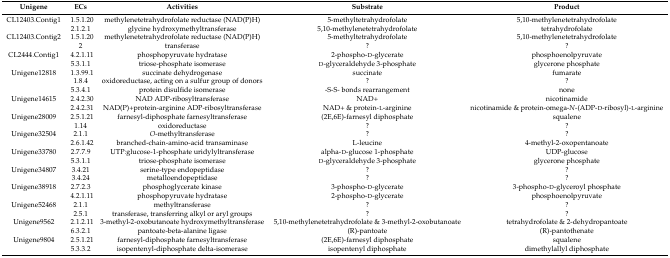
<table><thead><tr><td><b>Unigene</b></td><td><b>ECs</b></td><td><b>Activities</b></td><td><b>Substrate</b></td><td><b>Product</b></td></tr></thead><tbody><tr><td>CL12403.Contig1</td><td>1.5.1.20</td><td>methylenetetrahydrofolate reductase (NAD(P)H)</td><td>5-methyltetrahydrofolate</td><td>5,10-methylenetetrahydrofolate</td></tr><tr><td></td><td>2.1.2.1</td><td>glycine hydroxymethyltransferase</td><td>5,10-methylenetetrahydrofolate</td><td>tetrahydrofolate</td></tr><tr><td>CL12403.Contig2</td><td>1.5.1.20</td><td>methylenetetrahydrofolate reductase (NAD(P)H)</td><td>5-methyltetrahydrofolate</td><td>5,10-methylenetetrahydrofolate</td></tr><tr><td></td><td>2</td><td>transferase</td><td>?</td><td>?</td></tr><tr><td>CL2444.Contig1</td><td>4.2.1.11</td><td>phosphopyruvate hydratase</td><td>2-phospho-d-glycerate</td><td>phosphoenolpyruvate</td></tr><tr><td></td><td>5.3.1.1</td><td>triose-phosphate isomerase</td><td>d-glyceraldehyde 3-phosphate</td><td>glycerone phosphate</td></tr><tr><td>Unigene12818</td><td>1.3.99.1</td><td>succinate dehydrogenase</td><td>succinate</td><td>fumarate</td></tr><tr><td></td><td>1.8.4</td><td>oxidoreductase, acting on a sulfur group of donors</td><td>?</td><td>?</td></tr><tr><td></td><td>5.3.4.1</td><td>protein disulfide isomerase</td><td>-S-S- bonds rearrangement</td><td>none</td></tr><tr><td>Unigene14615</td><td>2.4.2.30</td><td>NAD ADP-ribosyltransferase</td><td>NAD+</td><td>nicotinamide</td></tr><tr><td></td><td>2.4.2.31</td><td>NAD(P)+protein-arginine ADP-ribosyltransferase</td><td>NAD+ &amp; protein-l-arginine</td><td>nicotinamide &amp; protein-omega-<i>N</i>-(ADP-d-ribosyl)-l-arginine</td></tr><tr><td>Unigene28009</td><td>2.5.1.21</td><td>farnesyl-diphosphate farnesyltransferase</td><td>(2E,6E)-farnesyl diphosphate</td><td>squalene </td></tr><tr><td></td><td>1.14</td><td>oxidoreductase</td><td>?</td><td>?</td></tr><tr><td>Unigene32504</td><td>2.1.1</td><td><i>O</i>-methyltransferase</td><td>?</td><td>?</td></tr><tr><td></td><td>2.6.1.42</td><td>branched-chain-amino-acid transaminase</td><td>L-leucine</td><td>4-methyl-2-oxopentanoate</td></tr><tr><td>Unigene33780</td><td>2.7.7.9</td><td>UTP:glucose-1-phosphate uridylyltransferase</td><td>alpha-d-glucose 1-phosphate</td><td>UDP-glucose</td></tr><tr><td></td><td>5.3.1.1</td><td>triose-phosphate isomerase</td><td>d-glyceraldehyde 3-phosphate</td><td>glycerone phosphate</td></tr><tr><td>Unigene34807</td><td>3.4.21</td><td>serine-type endopeptidase</td><td>?</td><td>?</td></tr><tr><td></td><td>3.4.24</td><td>metalloendopeptidase</td><td>?</td><td>?</td></tr><tr><td>Unigene38918</td><td>2.7.2.3</td><td>phosphoglycerate kinase</td><td>3-phospho-d-glycerate</td><td>3-phospho-d-glyceroyl phosphate</td></tr><tr><td></td><td>4.2.1.11</td><td>phosphopyruvate hydratase</td><td>2-phospho-d-glycerate</td><td>phosphoenolpyruvate </td></tr><tr><td>Unigene52468</td><td>2.1.1</td><td>methyltransferase</td><td>?</td><td>?</td></tr><tr><td></td><td>2.5.1</td><td>transferase, transferring alkyl or aryl groups</td><td>?</td><td>?</td></tr><tr><td>Unigene9562</td><td>2.1.2.11</td><td>3-methyl-2-oxobutanoate hydroxymethyltransferase</td><td>5,10-methylenetetrahydrofolate &amp; 3-methyl-2-oxobutanoate</td><td>tetrahydrofolate &amp; 2-dehydropantoate</td></tr><tr><td></td><td>6.3.2.1</td><td>pantoate-beta-alanine ligase</td><td>(R)-pantoate </td><td>(R)-pantothenate</td></tr><tr><td>Unigene9804</td><td>2.5.1.21</td><td>farnesyl-diphosphate farnesyltransferase</td><td>(2E,6E)-farnesyl diphosphate</td><td>squalene </td></tr><tr><td></td><td>5.3.3.2</td><td>isopentenyl-diphosphate delta-isomerase</td><td>isopentenyl diphosphate</td><td>dimethylallyl diphosphate</td></tr></tbody></table>